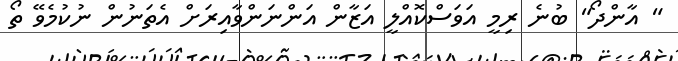
" އާންދޯ" ބުނެ ރިމީ އަވަސްކޮއްލީ އަޒާން އަންނަންވާއިރަށް އެތަނުން ނުކުމެވޭ ތޯ